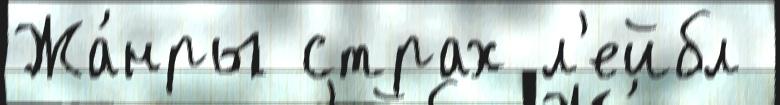
Жа́нры страх л'ейбл